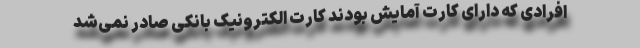
افرادی که دارای کارت آمایش‌ بودند کارت الکترونیک بانکی صادر نمی‌شد